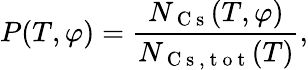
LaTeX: P(T,\varphi)=\frac{N_{\mathrm{~C~s~}}(T,\varphi)}{N_{\mathrm{~C~s~},\mathrm{~t~o~t~}}(T)},